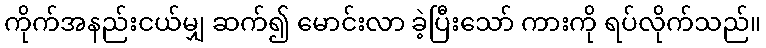
ကိုက်အနည်းငယ်မျှ ဆက်၍ မောင်းလာ ခဲ့ပြီးသော် ကားကို ရပ်လိုက်သည်။